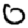
Digit: 0